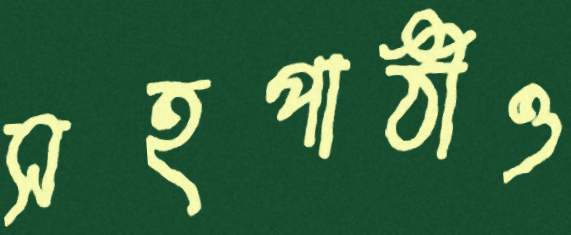
সহপাঠীও